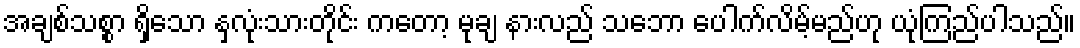
အချစ်သစ္စာ ရှိသော နှလုံးသားတိုင်း ကတော့ မုချ နားလည် သဘော ပေါက်လိမ့်မည်ဟု ယုံကြည်ပါသည်။